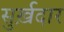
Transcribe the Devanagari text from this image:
सुर्ख़दार